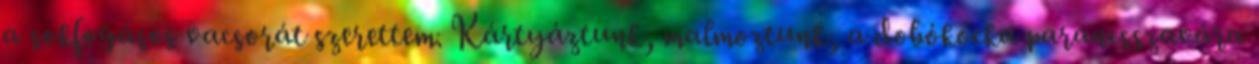
a sokfogásos vacsorát szerettem. Kártyáztunk, malmoztunk, a dobókocka parancsszavára